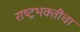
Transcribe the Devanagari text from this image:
राष्ट्रभक्तीचा